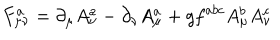
LaTeX: F _ { \mu \nu } ^ { a } = \partial _ { \mu } A _ { \nu } ^ { a } - \partial _ { \nu } A _ { \mu } ^ { a } + g f ^ { a b c } A _ { \mu } ^ { b } A _ { \nu } ^ { c }